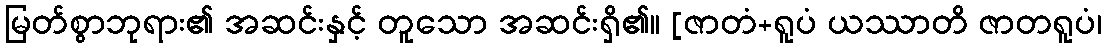
မြတ်စွာဘုရား၏ အဆင်းနှင့် တူသော အဆင်းရှိ၏။ [ဇာတံ+ရူပံ ယဿာတိ ဇာတရူပံ၊